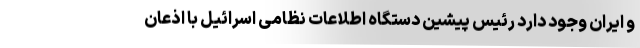
و ایران وجود دارد رئیس پیشین دستگاه اطلاعات نظامی اسرائیل با اذعان